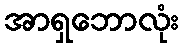
အာရှဘောလုံး